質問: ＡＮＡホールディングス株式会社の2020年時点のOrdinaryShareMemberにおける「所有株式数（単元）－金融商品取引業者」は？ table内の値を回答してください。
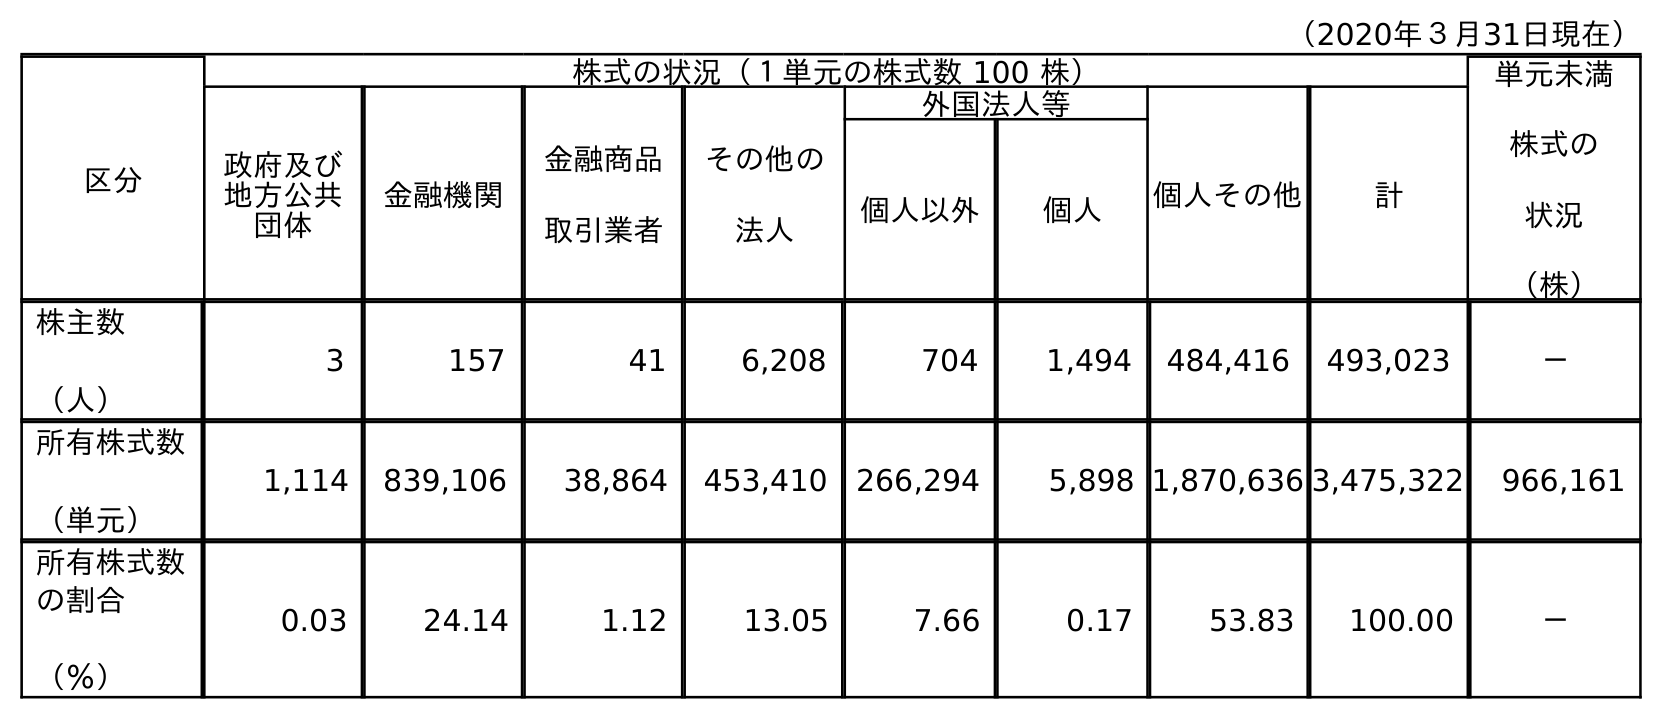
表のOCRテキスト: （2020年３月31日現在） 区分 株式の状況（１単元の株式数 100 株） 単元未満 株式の 状況 （株） 政府及び 地方公共 団体 金融機関 金融商品 取引業者 その他の 法人 外国法人等 個人その他 計 個人以外 個人 株主数 （人） 3 157 41 6,208 704 1,494 484,416 493,023 － 所有株式数 （単元） 1,114 839,106 38,864 453,410 266,294 5,898 1,870,636 3,475,322 966,161 所有株式数 の割合 （％） 0.03 24.14 1.12 13.05 7.66 0.17 53.83 100.00 －
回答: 38,864